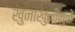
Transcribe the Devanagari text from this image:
खुनाखुनीमुळे